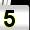
Digit: 5